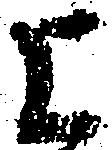
上